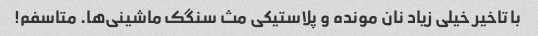
با تاخیر خیلی زیاد نان مونده و پلاستیکی مث سنگک ماشینی‌ها. متاسفم!